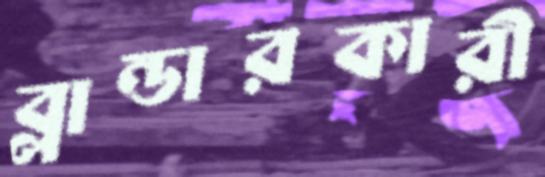
ব্লান্ডারকারী